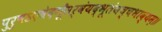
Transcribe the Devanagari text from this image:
पुरुषऽएवेदगूँसर्वंयद्भूतंयच्चभाव्यम्॥